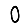
Digit: 0